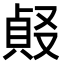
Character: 𠭹